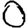
Digit: 0